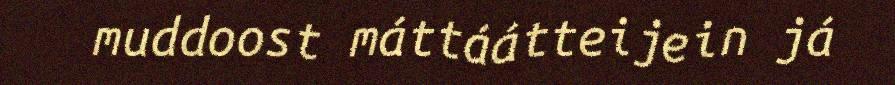
muddoost máttáátteijein já